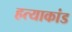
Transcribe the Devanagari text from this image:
हत्‍याकांड